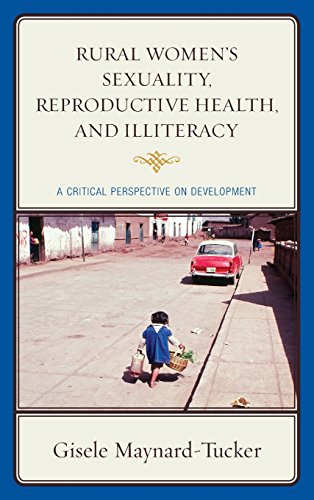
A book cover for Rural Women's Sexuality, Reproductive Health, and Illiteracy: A Critical Perspective on Development; Gisele Maynard-Tucker; Medical Books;